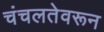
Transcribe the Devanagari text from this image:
चंचलतेवरून